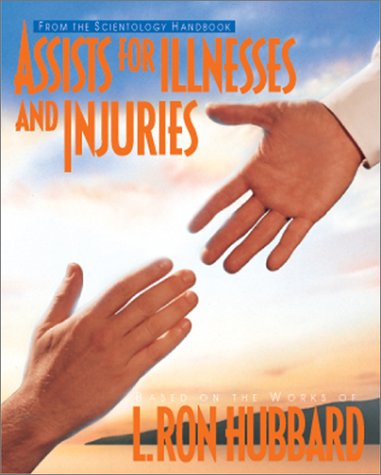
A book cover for Assists for Illness and Injuries; L. Ron Hubbard; Religion & Spirituality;